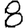
Digit: 8